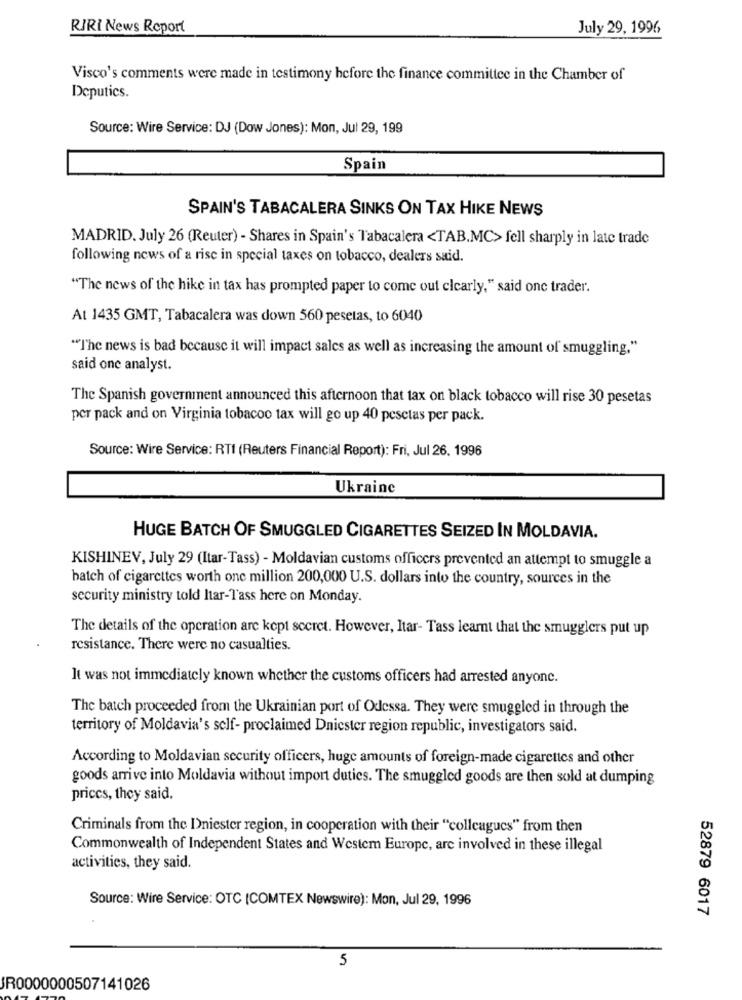
RIRI News Report
July 29, 1996
Visco's comments were made in testimony before the finance committee in the Chamber of
Deputics.
Source: Wire Service: DJ (Dow Jones): Mon, Jul 29, 199
Spain
SPAIN'S TABACALERA SINKS ON TAX HIKE NEWS
MADRID. July 26 (Reuter) - Shares in Spain's Tabacalera <TAB.MC> fell sharply in late trade
following news of a rise in special taxes on tobacco, dealers said.
"The news of the hike in tax has prompted paper to come out clearly," said onc trader.
At 1435 GMT, Tabacalera was down 560 pesetas, to 6040
"The news is bad because it will impact sales as well as increasing the amount of smuggling,"
said one analyst.
The Spanish government announced this afternoon that tax on black tobacco will rise 30 pesetas
per pack and on Virginia tobacoo tax will go up 40 pesetas per pack.
Source: Wire Service: RTI (Reuters Financial Report): Fri, Jul 26, 1996
Ukraine
HUGE BATCH OF SMUGGLED CIGARETTES SEIZED IN MOLDAVIA.
KISHINEV, July 29 (Itar-Tass) - Moldavian customs officers prevented an attempt to smuggle a
batch of cigarettes worth one million 200,000 U.S. dollars into the country, sources in the
security ministry told Itar-Tass here on Monday.
The details of the operation are kept secret. However, Itar- Tass learnt that the smugglers put up
resistance. There were no casualties.
It was not immediately known whether the customs officers had arrested anyone.
The batch proceeded from the Ukrainian port of Odessa. They were smuggled in through the
territory of Moldavia's self- proclaimed Dniester region republic, investigators said.
According to Moldavian security officers, huge amounts of foreign-made cigarettes and other
goods arrive into Moldavia without import duties. The smuggled goods are then sold at dumping
priccs, they said,
Criminals from the Dniester region, in cooperation with their "colleagues" from then
Commonwealth of Independent States and Westem Europe, are involved in these illegal
activities, they said.
Source: Wire Service: OTC (COMTEX Newswire): Mon, Jul 29, 1996
52879 6017
5
JR0000000507141026